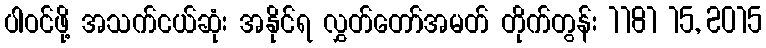
ပါဝင်ဖို့ အသက်ငယ်ဆုံး အနိုင်ရ လွှတ်တော်အမတ် တိုက်တွန်း 1181 15, 2015